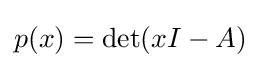
p(x)=\det(xI-A)